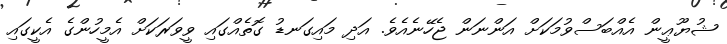
ޝުޔޫޢީން އެއްބަސްވުމަކަށް އަންނަން ޖެހޭނެއެވެ. އަދި މައިގަނޑު ގޮތެއްގައި ވީވަރަކަށް އެމީހުންގެ އެކީގައި